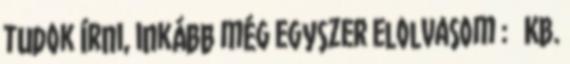
tudok írni, inkább még egyszer elolvasom : Kb.